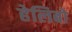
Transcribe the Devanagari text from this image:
हेलिबो